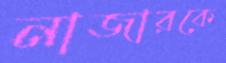
নাজারকে